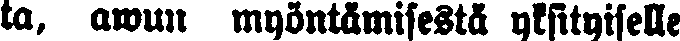
ta, awun myöntämisestä yksityiselle